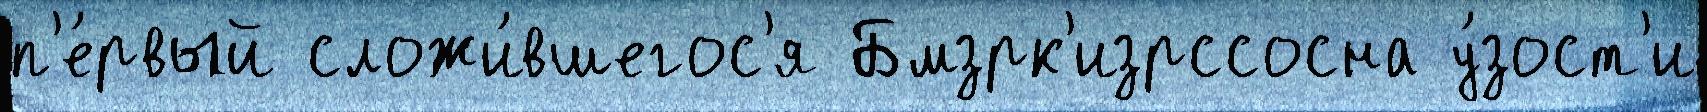
п'е́рвый сложи́вшегос'я Бмзрк'изрссосна у́зост'и